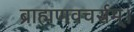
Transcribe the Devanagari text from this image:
ब्राह्मणवचर्सम्।